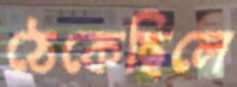
ঠেকেছিলে